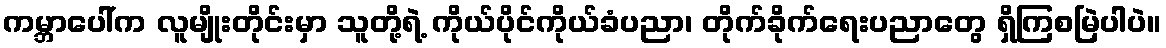
ကမ္ဘာပေါ်က လူမျိုးတိုင်းမှာ သူတို့ရဲ့ ကိုယ်ပိုင်ကိုယ်ခံပညာ၊ တိုက်ခိုက်ရေးပညာတွေ ရှိကြစမြဲပါပဲ။